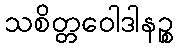
သစိတ္တဝေါဒါနဉ္စ